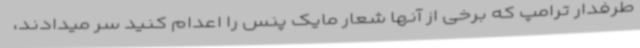
طرفدار ترامپ که برخی از آنها شعار مایک پنس را اعدام کنید سر میدادند،